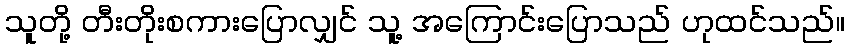
သူတို့ တီးတိုးစကားပြောလျှင် သူ့ အကြောင်းပြောသည် ဟုထင်သည်။